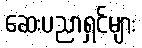
ဆေးပညာရှင်များ